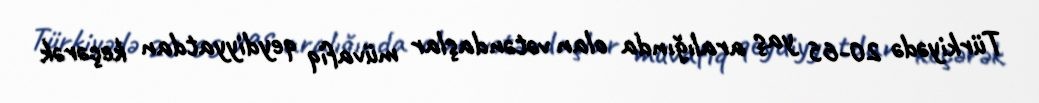
Türkiyədə 20-65 yaş aralığında olan vətəndaşlar müvafiq qeydiyyatdan keçərək